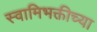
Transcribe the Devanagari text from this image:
स्वामिभक्तीच्या